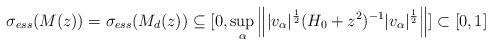
LaTeX: \begin{align*} \sigma_{ess}(M(z)) = \sigma_{ess}(M_d (z)) \subseteq [0, \sup_\alpha\left\||v_\alpha|^{\frac 12} (H_0 +z^2)^{-1}|v_\alpha|^{\frac12}\right\|]\subset [0,1]\end{align*}